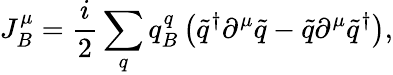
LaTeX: J_{B}^{\mu}=\frac{i}{2}\sum_{q}q_{B}^{q}\left(\widetilde{q}^{\dagger}\partial^{\mu}\widetilde{q}-\widetilde{q}\partial^{\mu}\widetilde{q}^{\dagger}\right),